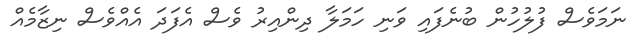
ނަމަވެސް ފުލުހުން ބުނެފައި ވަނި ހަމަލާ ދިންއިރު ވެސް އެފަދަ އެއްވެސް ނިޒާމެއް